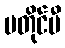
မတိုင်မီ